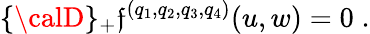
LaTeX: \{ {\calD}\} _{+}\mathfrak{f}^{(q_{1},q_{2},q_{3},q_{4})}(u,w)=0\; .